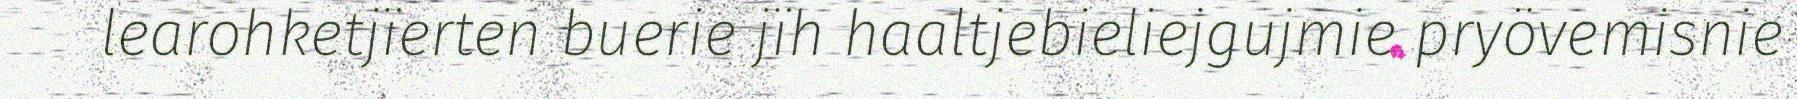
learohketjïerten buerie jïh haaltjebieliejgujmie pryövemisnie